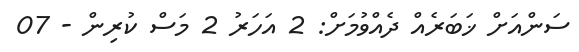
ސަންއަށް ޚަބަރެއް ދެއްވުމަށް: 2 އަހަރު 2 މަސް ކުރިން - 07